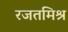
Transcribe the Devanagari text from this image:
रजतमिश्र